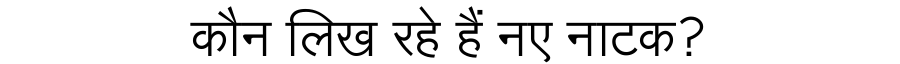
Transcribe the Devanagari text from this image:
कौन लिख रहे हैं नए नाटक?